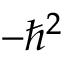
- \hbar ^ { 2 }